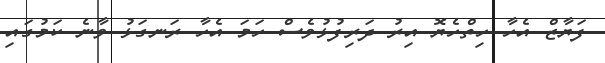
ފަޔާޒް އެހާ ހިތްހެޔޮ އިރު ދަރިފުޅުވެސް ހަމަ އެހާ ރަނގަޅު ވާނެ ކަމުގައި